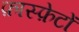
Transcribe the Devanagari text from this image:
फ़ास्फ़ेटों